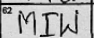
Transcription: MIW